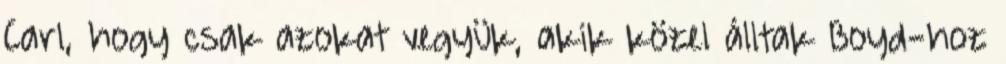
Carl, hogy csak azokat vegyük, akik közel álltak Boyd-hoz